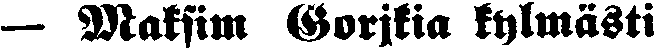
— Maksim Gorjkia kylmästi